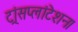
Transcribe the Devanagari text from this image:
ट्रांसप्लांटेशन।